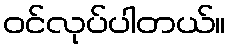
ဝင်လုပ်ပါတယ်။